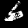
Digit: 6